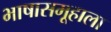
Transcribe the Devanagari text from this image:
भाषासमूहाला